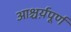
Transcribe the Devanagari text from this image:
आश्चर्य़पूर्ण